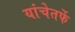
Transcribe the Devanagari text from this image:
यांचेतर्फे